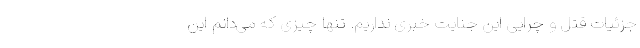
جزئیات قتل و چرایی این جنایت خبری نداریم. تنها چیزی که می‌دانم این